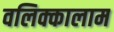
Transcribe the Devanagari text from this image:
वलिक्कालाम